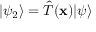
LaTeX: | \psi _ { 2 } \rangle = { \hat { T } } ( \mathbf { x } ) | \psi \rangle